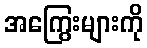
အကြွေးများကို